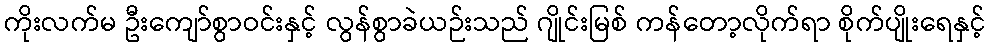
ကိုးလက်မ ဦးကျော်စွာဝင်းနှင့် လွန်စွာခဲယဉ်းသည် ဂျိုင်းမြစ် ကန်တော့လိုက်ရာ စိုက်ပျိုးရေနှင့်